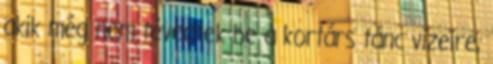
akik még nem tévedtek be a kortárs tánc vizeire,